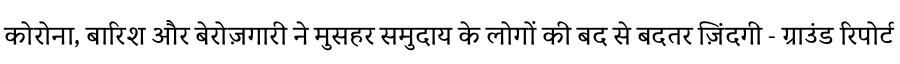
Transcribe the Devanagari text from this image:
कोरोना, बारिश और बेरोज़गारी ने मुसहर समुदाय के लोगों की बद से बदतर ज़िंदगी - ग्राउंड रिपोर्ट